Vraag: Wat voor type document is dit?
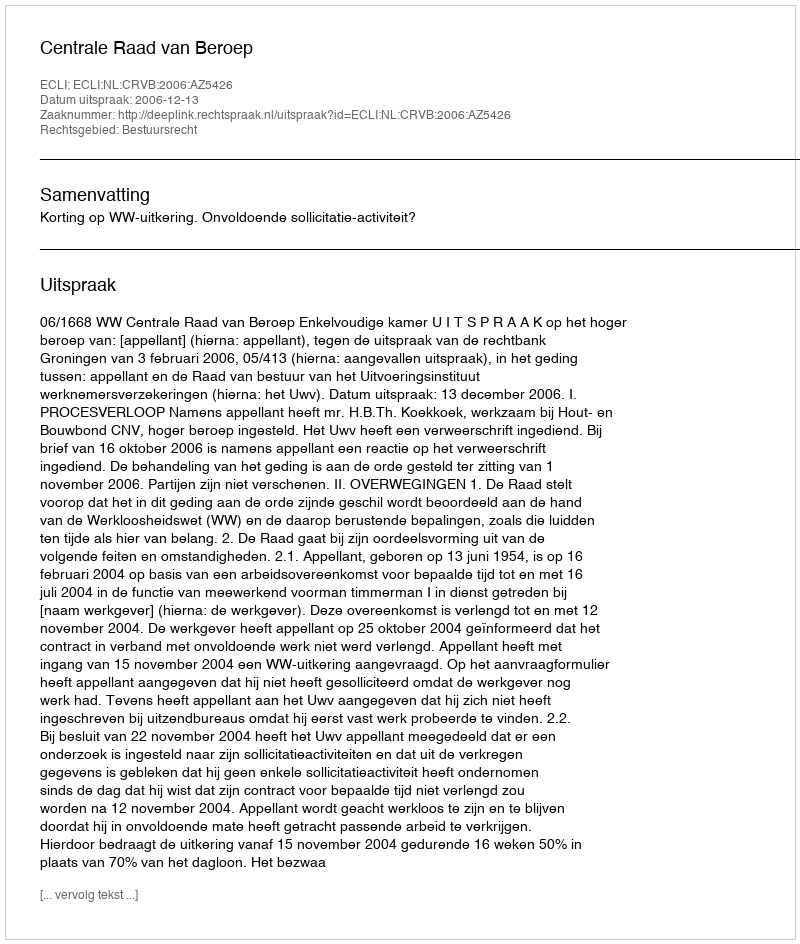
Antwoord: Uitspraak